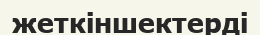
жеткіншектерді